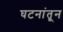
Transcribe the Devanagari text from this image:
घटनांतून